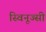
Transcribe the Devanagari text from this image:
स्विनूज्सी